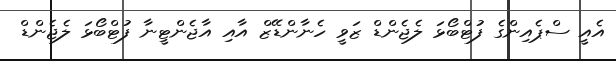
އެއީ ސްޕެއިންގެ ފުޓްބޯޅަ ލެޖެންޑް ޒަވީ ހެނާންޑޭޒް އާއި އާޖެންޓީނާ ފުޓްބޯޅަ ލެޖެންޑް